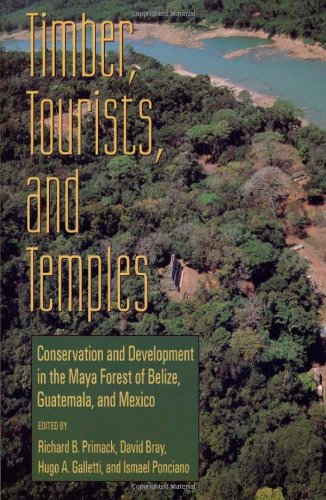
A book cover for Timber, Tourists, and Temples: Conservation And Development In The Maya Forest Of Belize Guatemala And Mexico; Travel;